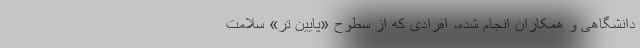
دانشگاهی و همکاران انجام شده، افرادی که از سطوح «پایین تر» سلامت